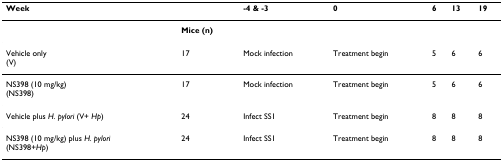
| Week |  | -4 & -3 | 0 | 6 | 13 | 19 |
 | --- | --- | --- | --- | --- | --- | --- |
 |  | Mice (n) |  |  |  |  |  |
 | Vehicle only(V) | 17 | Mock infection | Treatment begin | 5 | 6 | 6 |
 | NS398 (10 mg/kg)(NS398) | 17 | Mock infection | Treatment begin | 5 | 6 | 6 |
 | Vehicle plus H. pylori (V+ Hp) | 24 | Infect SS1 | Treatment begin | 8 | 8 | 8 |
 | NS398 (10 mg/kg) plus H. pylori(NS398+Hp) | 24 | Infect SS1 | Treatment begin | 8 | 8 | 8 |